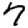
Digit: 7